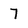
Character: 7